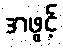
အဖွင့်